Leaving Certificate Examination, 1913
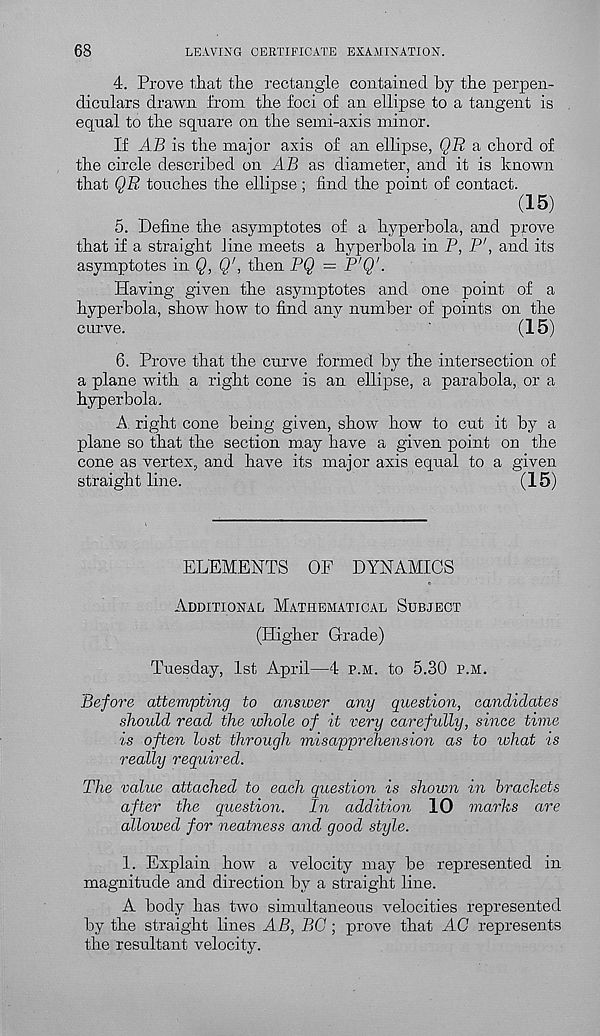
68
LEAVING CERTIFICATE EXAMINATION.
4. Prove that the rectangle contained by the perpen-
diculars drawn from the foci of an ellipse to a tangent is
equal to the square on the semi-axis minor.
If AB is the major axis of an ellipse, QB a chord of
the circle described on AB as diameter, and it is known
that QR touches the ellipse ; find the point of contact.
(15)
5. Define the asymptotes of a hyperbola, and prove
that if a straight line meets a hyperbola in P, P', and its
asymptotes in <2, Q', then PQ — P'Q'.
Having given the asymptotes and one point of a
hyperbola, show how to find any number of points on the
curve.
(15)
6. Prove that the curve formed by the intersection of
a plane with a right cone is an ellipse, a parabola, or a
hyperbola.
A. right cone being given, show how to cut it by a
plane so that the section may have a given point on the
cone as vertex, and have its major axis equal to a given
straight line.
(15)
ELEMENTS OF DYNAMICS
Additional Mathematical Subject
(Higher Grade)
Tuesday, 1st April—4 p.m. to 5.30 p.m.
Before attempting to answer any question, candidates
should read the whole of it very carefully, since time
is often lust through misapprehension as to lohat is
really required.
The value attached to each question is shown in brackets
after the question.
In addition 10 marks are
allowed for neatness and good style.
1. Explain how a velocity may be represented in
magnitude and direction by a straight line.
A body has two simultaneous velocities represented
by the straight lines AB, BC; prove that AC represents
the resultant velocity.